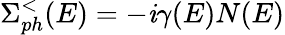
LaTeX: \Sigma_{ph}^{<}(E)=-\mathit{i}\gamma(E)N(E)